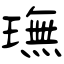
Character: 璑